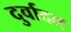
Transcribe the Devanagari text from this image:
दुर्वादल